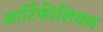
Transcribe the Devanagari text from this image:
आर्टिफीशियल